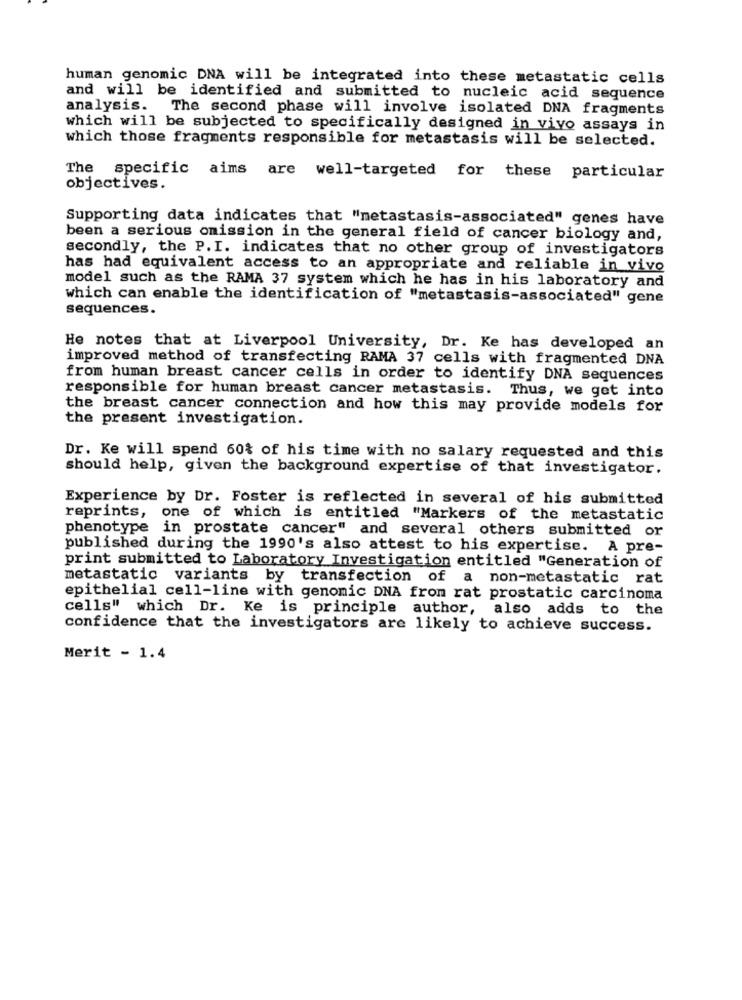
human genomic DNA will be integrated into these metastatic cells
and will be identified and submitted to nucleic acid sequence
analysis. The second phase will involve isolated DNA fragments
which will be subjected to specifically designed in vivo assays in
which those fragments responsible for metastasis will be selected.
The specific aims are well-targeted for these particular
objectives.
Supporting data indicates that "metastasis-associated" genes have
been a serious omission in the general field of cancer biology and,
secondly, the P.I. indicates that no other group of investigators
has had equivalent access to an appropriate and reliable in vivo
model such as the RAMA 37 system which he has in his laboratory and
which can enable the identification of "metastasis-associated" gene
sequences.
He notes that at Liverpool University, Dr. Ke has developed an
improved method of transfecting RAMA 37 cells with fragmented DNA
from human breast cancer cells in order to identify DNA sequences
responsible for human breast cancer metastasis. Thus, we get into
the breast cancer connection and how this may provide models for
the present investigation.
Dr. Ke will spend 60% of his time with no salary requested and this
should help, given the background expertise of that investigator.
Experience by Dr. Foster is reflected in several of his submitted
reprints, one of which is entitled "Markers of the metastatic
phenotype in prostate cancer" and several others submitted or
published during the 1990's also attest to his expertise. A pre-
print submitted to Laboratory Investigation entitled "Generation of
metastatic variants by transfection of a non-metastatic rat
epithelial cell-line with genomic DNA from rat prostatic carcinoma
cells" which Dr. Ke is principle author, also adds to the
confidence that the investigators are likely to achieve success.
Merit - 1.4